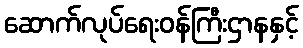
ဆောက်လုပ်ရေးဝန်ကြီးဌာနနှင့်